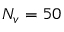
N _ { v } = 5 0